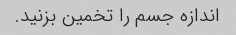
اندازه جسم را تخمین بزنید.